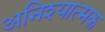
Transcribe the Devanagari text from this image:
अनिश्यात्मक